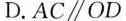
D.$$A C \parallel O D$$